Madras plague regulations and rules - Volume 2
Disease focus: Plague
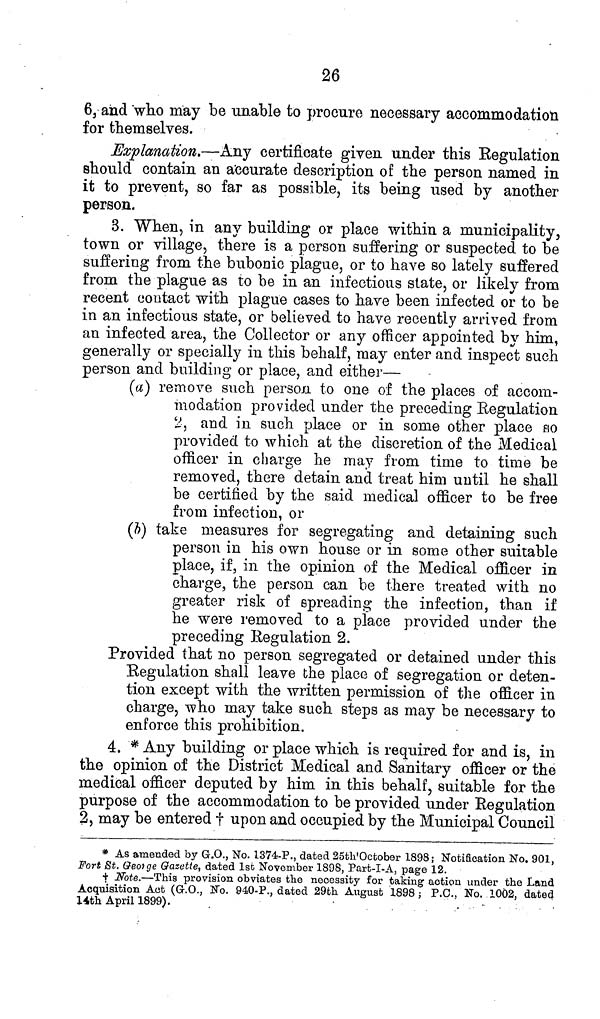
26
6, and who may be unable to procure necessary accommodation
for themselves.
Explanation.—Any certificate given under this Regulation
should contain an accurate description of the person named in
it to prevent, so far as possible, its being used by another
person.
3. When, in any building or place within a municipality,
town or village, there is a person suffering or suspected to be
suffering from the bubonic plague, or to have so lately suffered
from the plague as to be in an infectious state, or likely from
recent contact with plague cases to have been infected or to be
in an infectious state, or believed to have recently arrived from
an infected area, the Collector or any officer appointed by him,
generally or specially in this behalf, may enter and inspect such
person and building or place, and either—
(a) remove such person to one of the places of accom-
modation provided under the preceding Regulation
2, and in such place or in some other place so
provided to which at the discretion of the Medical
officer in charge he may from time to time be
removed, there detain and treat him until he shall
be certified by the said medical officer to be free
from infection, or
(b) take measures for segregating and detaining such
person in his own house or in some other suitable
place, if, in the opinion of the Medical officer in
charge, the person can be there treated with no
greater risk of spreading the infection, than if
he were removed to a place provided under the
preceding Regulation 2.
Provided that no person segregated or detained under this
Regulation shall leave the place of segregation or deten-
tion except with the written permission of the officer in
charge, who may take such steps as may be necessary to
enforce this prohibition.
4. * Any building or place which is required for and is, in
the opinion of the District Medical and Sanitary officer or the
medical officer deputed by him in this behalf, suitable for the
purpose of the accommodation to be provided under Regulation
2, may be entered † upon and occupied by the Municipal Council
* As amended by G.O., No. 1374-P., dated 25th October 1898; Notification No. 901,
Fort St. George Gazette, dated 1st November 1898, Part-I-A, page 12.
† Note.—This provision obviates the necessity for taking action under the Land
Acquisition Act (G.O., No. 940-P., dated 29th August 1898; P.C., No. 1002, dated
14th April 1899).